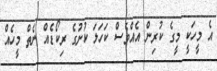
އެ މީހަކީ މީގެ ކުރިން އެއްވެސް ކަހަލަ ކުށުގެ ރިކޯޑެއް ނެތް މީހެއް